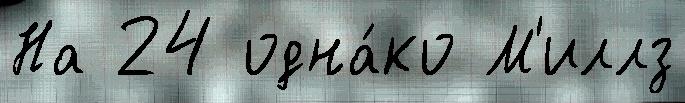
На 24 одна́ко М'иллз